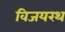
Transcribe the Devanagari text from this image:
विजयरथ